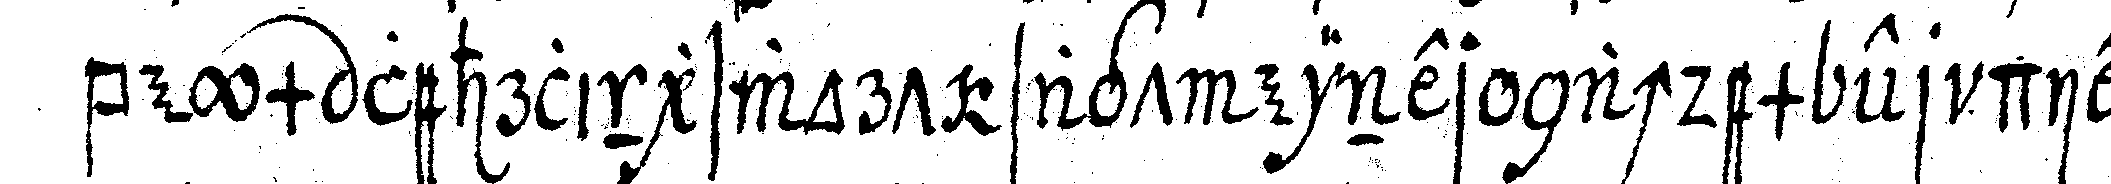
beym lehrlingswort sagt einer nachdem er die